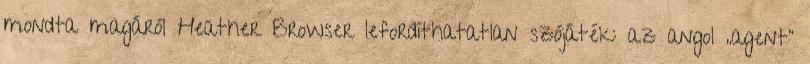
mondta magáról Heather Browser lefordíthatatlan szójáték: az angol „agent”